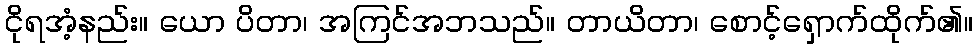
ငိုရအံ့နည်း။ ယော ပိတာ၊ အကြင်အဘသည်။ တာယိတာ၊ စောင့်ရှောက်ထိုက်၏။